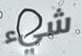
شيء